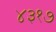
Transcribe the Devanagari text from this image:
४३१७